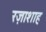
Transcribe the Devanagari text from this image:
रज़ाशाह